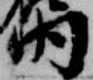
内